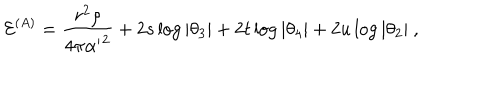
{ { \cal E } } ^ { ( A ) } = { \frac { r ^ { 2 } \rho } { 4 \pi { \alpha ^ { \prime } } ^ { 2 } } } + 2 s \log \vert \theta _ { 3 } \vert + 2 t \log \vert \theta _ { 4 } \vert + 2 u \log \vert \theta _ { 2 } \vert \ ,